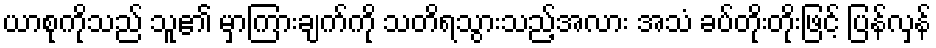
ယာစုကိုသည် သူ၏ မှာကြားချက်ကို သတိရသွားသည့်အလား အသံ ခပ်တိုးတိုးဖြင့် ပြန်လှန်